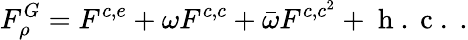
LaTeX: F_{\rho}^{G}=F^{c,e}+\omega F^{c,c}+\bar{\omega}F^{c,c^{2}}+\mathrm{~h~.~c~.~}.